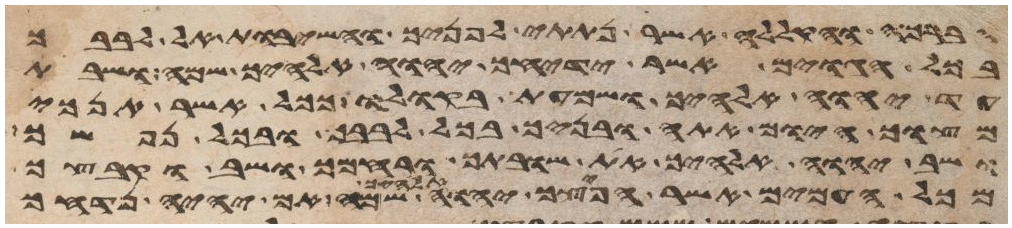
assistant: הברכה והקללה אשר נתתי לפניך והשבות אל לבבך
בכל הגוים אשר ידיחך יהוה אלהיך שמה ושבת
עד יהוה אלהיך ושמעת בקולו ככל אשר אנכי
מצוך היום אתה ובניך בכל לבבך ובכל נפשך
ושב יהוה אלהיך את שובתך ורחמך ושב וקבצך
מכל העמים אשר הפיצך יהוה אלהיך שם אם יהיה נדחך